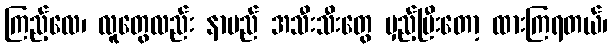
ကြည့်လေ၊ လူတွေလည်း နာမည် အသီးသီးတွေ မှည့်ပြီးတော့ ထားကြရတယ်၊